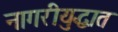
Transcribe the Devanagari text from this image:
नागरीयुद्धात